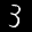
Label: 3